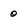
Character: o